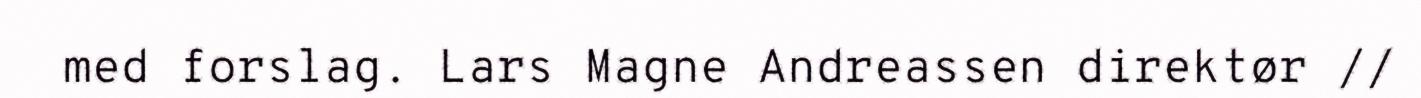
med forslag. Lars Magne Andreassen direktør //